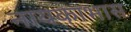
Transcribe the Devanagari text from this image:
नायकाभास